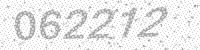
Solution: 062212